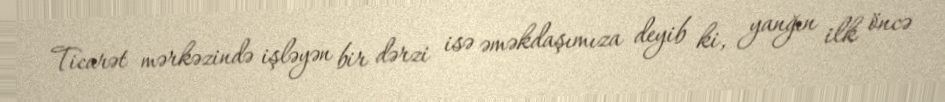
Ticarət mərkəzində işləyən bir dərzi isə əməkdaşımıza deyib ki, yanğın ilk öncə